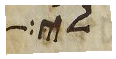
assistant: לי